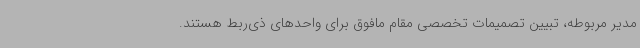
مدیر مربوطه، تبیین تصمیمات تخصصی مقام مافوق برای واحدهای ذی‌ربط هستند.